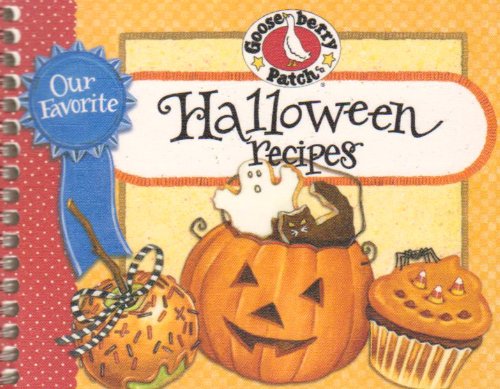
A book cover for Our Favorite Halloween Recipes (Our Favorite Recipes Collection); Gooseberry Patch; Cookbooks, Food & Wine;